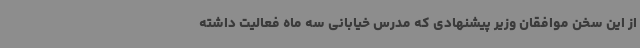
از این سخن موافقان وزیر پیشنهادی که مدرس خیابانی سه ماه فعالیت داشته